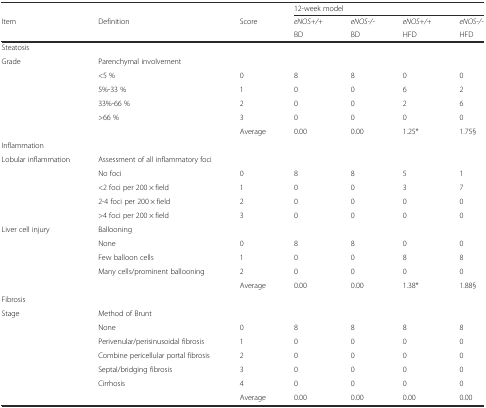
|  |  |  | <COLSPAN=4> 12-week model |
 | <ROWSPAN=2> Item | <ROWSPAN=2> Definition | <ROWSPAN=2> Score | eNOS+/+ | eNOS-/- | eNOS+/+ | eNOS-/- |
 | BD | BD | HFD | HFD |
 | --- | --- | --- | --- | --- | --- | --- |
 | Steatosis |  |  |  |  |  |  |
 | Grade | Parenchymal involvement |  |  |  |  |  |
 |  | <5 % | 0 | 8 | 8 | 0 | 0 |
 |  | 5%-33 % | 1 | 0 | 0 | 6 | 2 |
 |  | 33%-66 % | 2 | 0 | 0 | 2 | 6 |
 |  | >66 % | 3 | 0 | 0 | 0 | 0 |
 |  |  | Average | 0.00 | 0.00 | 1.25* | 1.75§ |
 | <COLSPAN=2> Inflammation |  |  |  |  |  |
 | Lobular inflammation | Assessment of all inflammatory foci |  |  |  |  |  |
 |  | No foci | 0 | 8 | 8 | 5 | 1 |
 |  | <2 foci per 200 × field | 1 | 0 | 0 | 3 | 7 |
 |  | 2-4 foci per 200 × field | 2 | 0 | 0 | 0 | 0 |
 |  | >4 foci per 200 × field | 3 | 0 | 0 | 0 | 0 |
 | Liver cell injury | Ballooning |  |  |  |  |  |
 |  | None | 0 | 8 | 8 | 0 | 0 |
 |  | Few balloon cells | 1 | 0 | 0 | 8 | 8 |
 |  | Many cells/prominent ballooning | 2 | 0 | 0 | 0 | 0 |
 |  |  | Average | 0.00 | 0.00 | 1.38* | 1.88§ |
 | Fibrosis |  |  |  |  |  |  |
 | Stage | Method of Brunt |  |  |  |  |  |
 |  | None | 0 | 8 | 8 | 8 | 8 |
 |  | Perivenular/perisinusoidal fibrosis | 1 | 0 | 0 | 0 | 0 |
 |  | Combine pericellular portal fibrosis | 2 | 0 | 0 | 0 | 0 |
 |  | Septal/bridging fibrosis | 3 | 0 | 0 | 0 | 0 |
 |  | Cirrhosis | 4 | 0 | 0 | 0 | 0 |
 |  |  | Average | 0.00 | 0.00 | 0.00 | 0.00 |